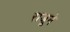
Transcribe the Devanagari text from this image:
राजूने